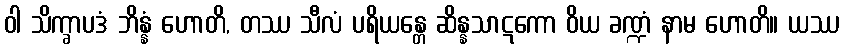
ဝါ သိက္ခာပဒံ ဘိန္နံ ဟောတိ, တဿ သီလံ ပရိယန္တေ ဆိန္နသာဋကော ဝိယ ခဏ္ဍံ နာမ ဟောတိ။ ယဿ